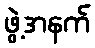
ဖွဲ့အနက်